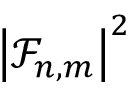
\left| \mathcal { F } _ { n , m } \right| ^ { 2 }